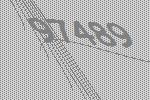
97489